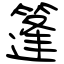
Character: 篷